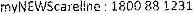
MYNEWSCARELLNE : 180088 1231